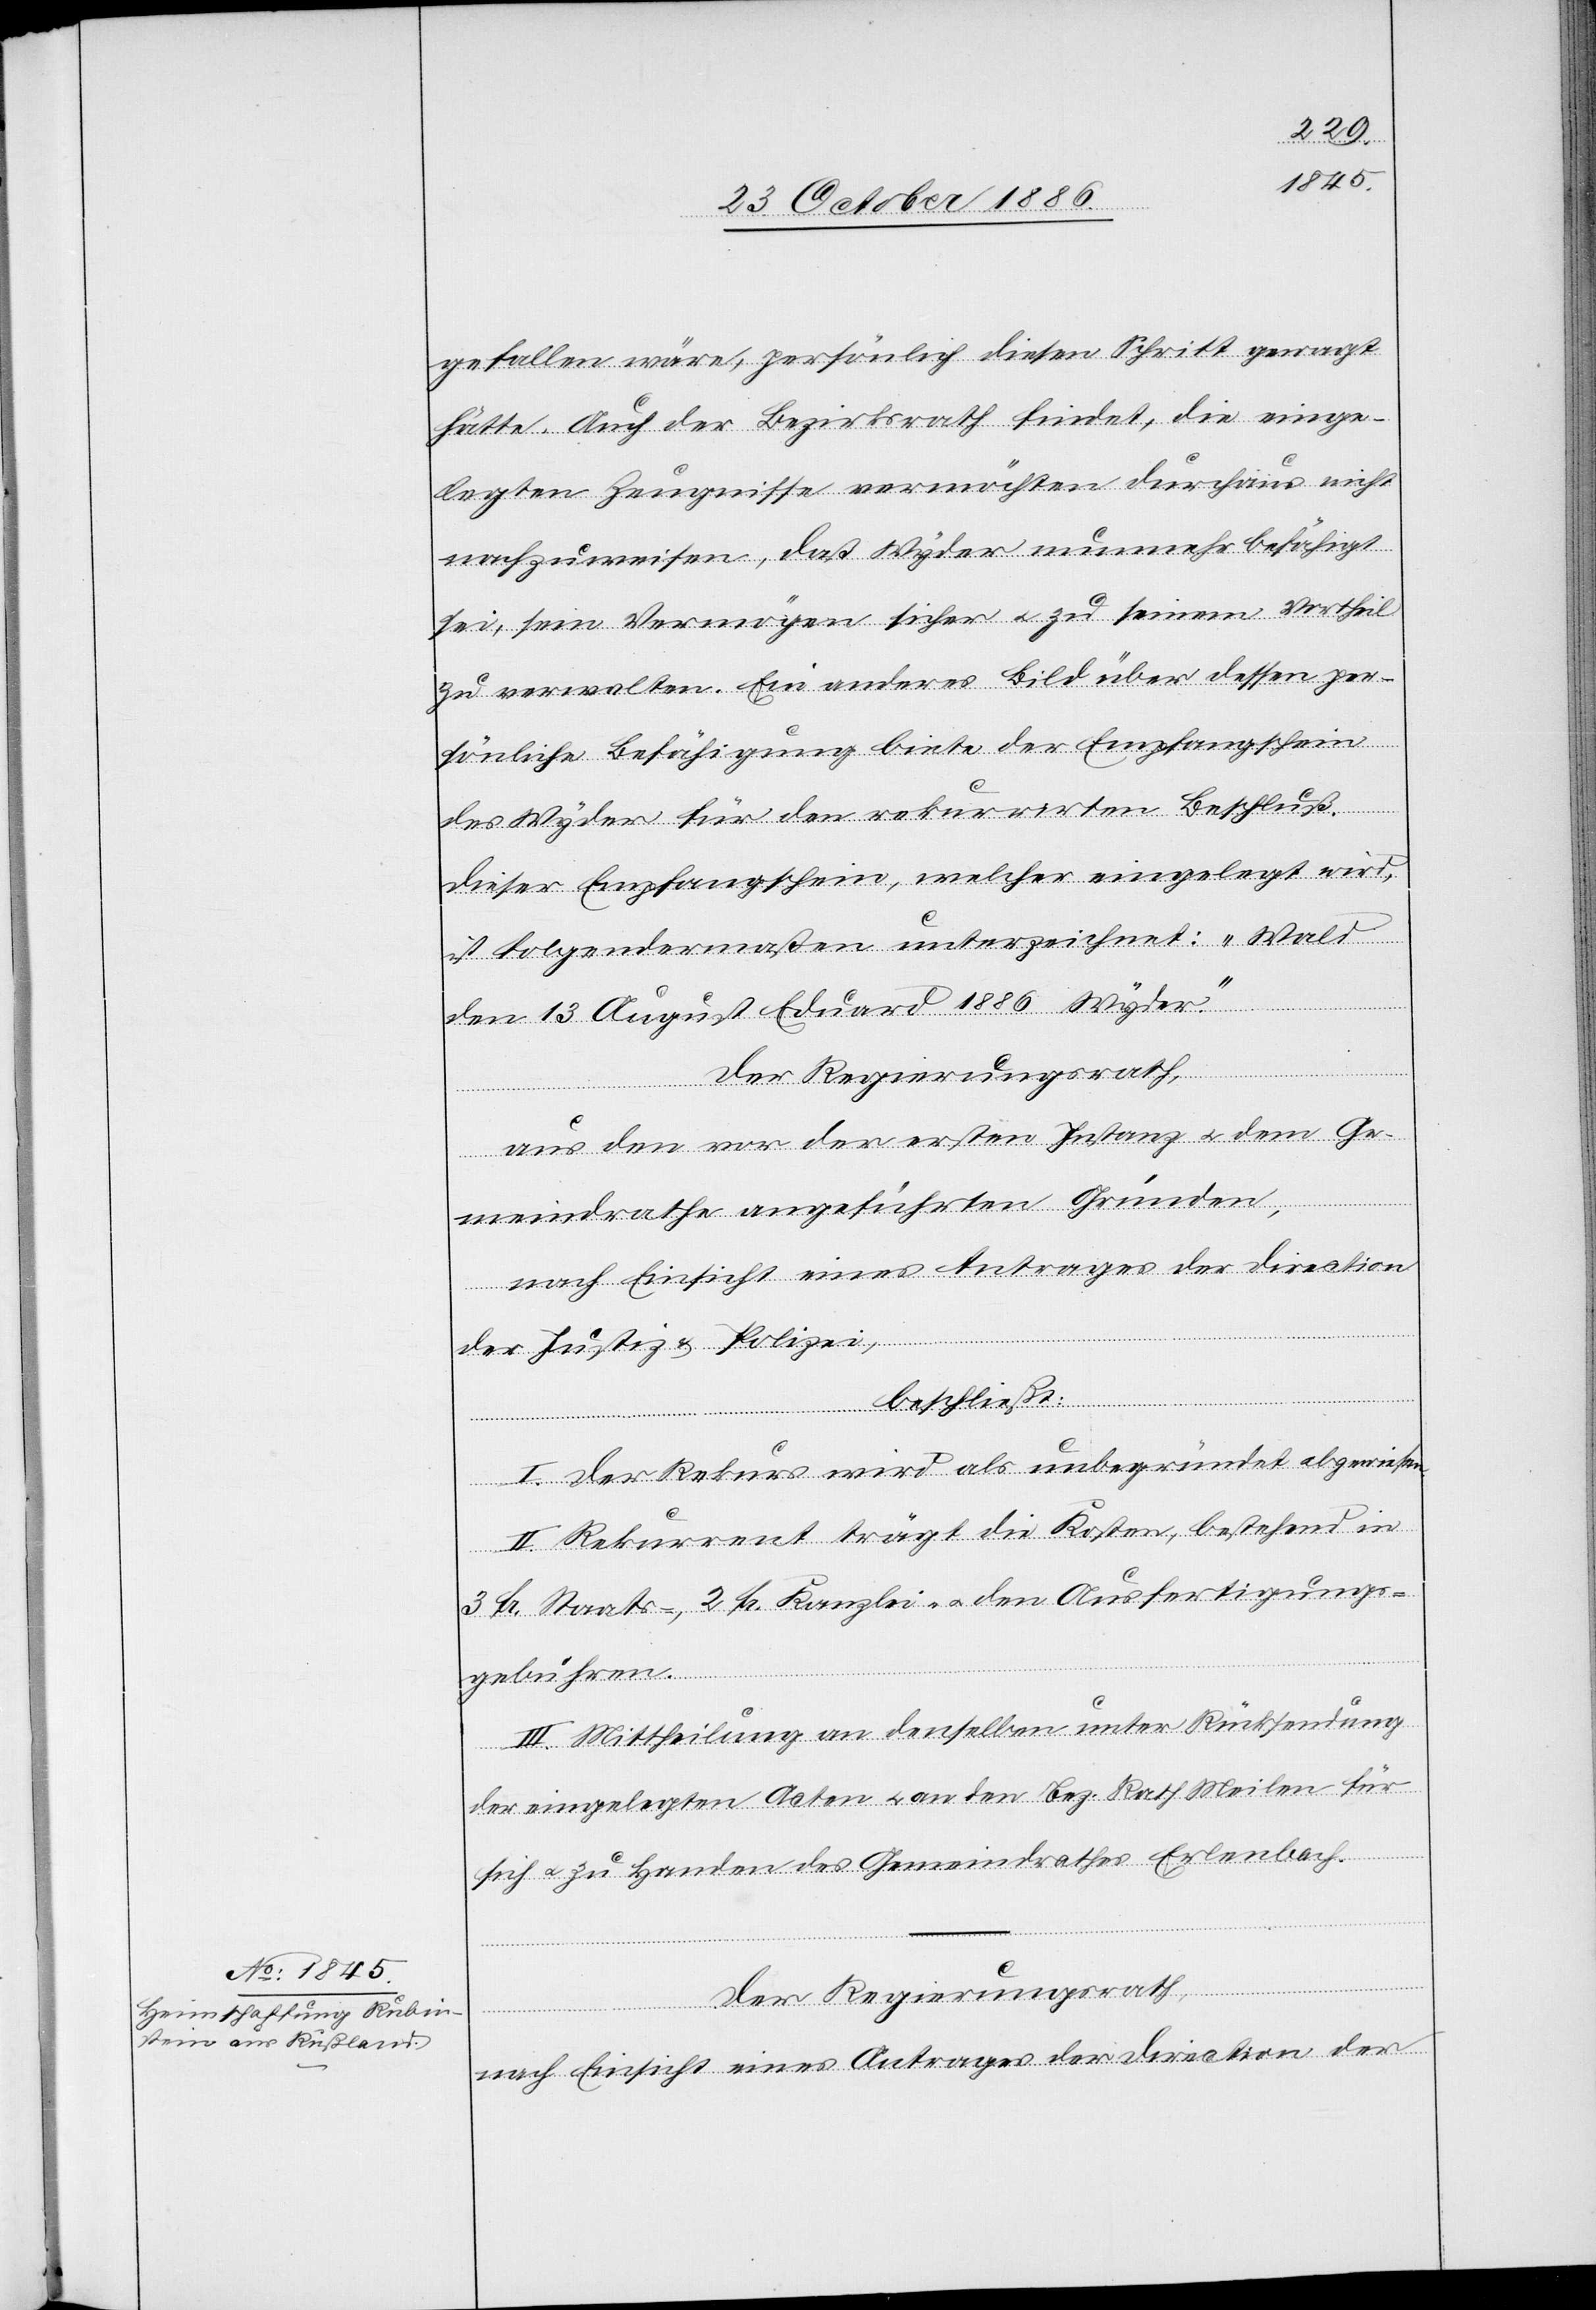
gefallen wäre, persönlich diesen Schritt [nicht]
hätte. Auch der Bezirksrath findet, die einge¬
legten Zeugnisse vermöchten durchaus nicht
nachzuweisen, daß Wyder nunmehr befähigt
sei, sein Vermögen sicher & zu seinem Vortheil
zu verwalten. Ein anderes Bild über dessen per¬
sönliche Befähigung biete der Empfangschein
des Wyder für den rekurrirten Beschluß.
Dieser Empfangschein, welcher eingelegt wird,
ist folgendermaßen unterzeichnet: „Wald
den 13 August Eduard 1886 Wyder.“
Der Regierungsrath,
aus den vor der ersten Instanz & dem Ge¬
meindrathe angeführten Gründen,
nach Einsicht eines Antrages der Direction
der Justiz & Polizei,
beschließt:
I. Der Rekurs wird als unbegründet abgewiesen.
II. Rekurrent trägt die Kosten, bestehend in
3 Fr. Staats-, 2 Fr. Kanzlei- & den Ausfertigungs¬
gebühren.
III. Mittheilung an denselben unter Rücksendung
der eingelegten Acten & an den Bez. Rath Meilen für
sich & zu Handen des Gemeindrathes Erlenbach.
Der Regierungsrath,
nach Einsicht eines Antrages der Direction der